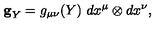
{ } { \bf g } _ { Y } = g _ { \mu \nu } ( Y ) \ d x ^ { \mu } \otimes d x ^ { \nu } ,